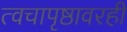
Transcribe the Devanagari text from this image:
त्वचापृष्ठावरही